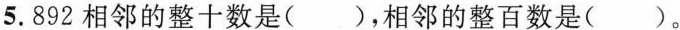
⒌.892相邻的整十数是( )，相邻的整百数是( )。